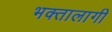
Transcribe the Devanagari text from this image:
भक्‍तालागी